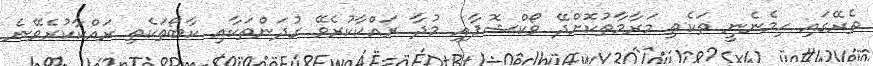
ތެރޭގައި ހިމެނެނީ ތަކެތި މަރާމާތުކޮށްދޭ ވޯކްޝޮޕާއި މުދާ ރައްކާކުރެވޭ ގުދަންތަކާއި ކާބޯތަކެތި ރައްކާކުރެވޭނެ